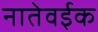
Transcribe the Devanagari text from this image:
नातेवईक